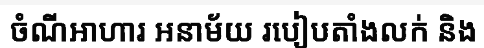
ចំណីអាហារ អនាម័យ របៀបតាំងលក់ និង